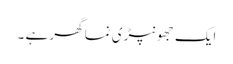
ایک جھونپڑی نما گھر ہے ۔